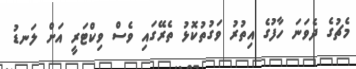
މެޗުގެ ދެވަނަ ހާފުގެ އިތުރު ވަގުތުކޮޅު ތެރޭގައި ވެސް ވިކްޓަރީ އަށް ލަނޑު